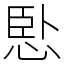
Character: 𢛶